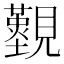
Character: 𧢚